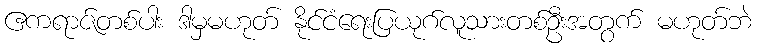
ဧကရာဇ်တစ်ပါး ဒါမှမဟုတ် နိုင်ငံရေးပြယုဂ်လူသားတစ်ဦးအတွက် မဟုတ်ဘဲ